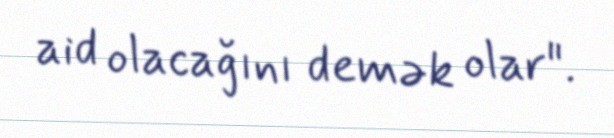
aid olacağını demək olar".